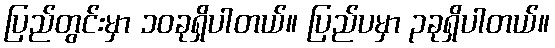
ပြည်တွင်းမှာ ၁၀ခုရှိပါတယ်။ ပြည်ပမှာ ၃ခုရှိပါတယ်။